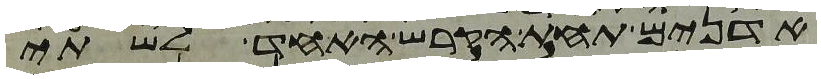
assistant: אדנים תחת הקרש האחד לשתי